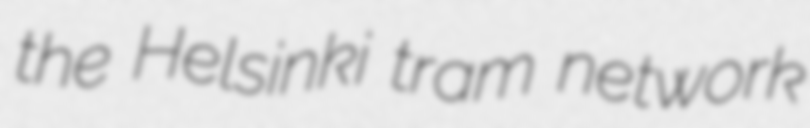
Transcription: the Helsinki tram network